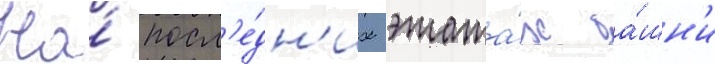
На́ посл'е́дн'их этажа́х ба́шн'и